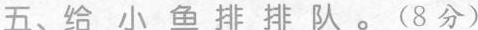
五、给小鱼排排队。(8分)